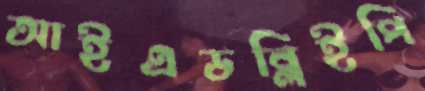
আইএডব্লিইপি